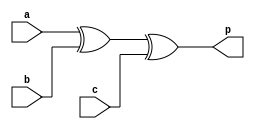
// Code your design here
module Parityeven(
  input a,b,c,
   output p
);
  
  wire x;
  
  xor (x,a,b);
  xor (p,x,c);
  
endmodule